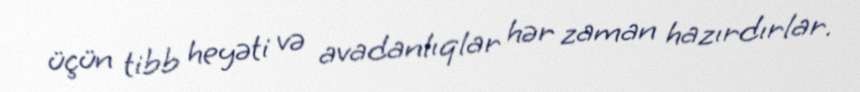
üçün tibb heyəti və avadanlıqlar hər zaman hazırdırlar.